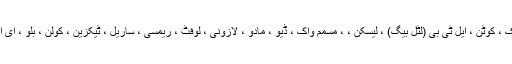
کولیزین ، کیسپر ، کائینٹک ، کوٹن ، ایل ٹی بی (لٹل بیگ) ، لیسکن ، ، مسمم واک ، ڈیو ، مادو ، لازونی ، لوفٹ ، ریمسی ، ساریل ، ٹیکزین ، کولن ، بلو ، ای ایس سی ، لازنی ، وغیرہ۔